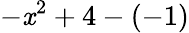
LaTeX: -\mathit{x}^{2}+4-(-1)